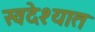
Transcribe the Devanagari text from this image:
स्वदेश्यात